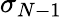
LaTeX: \sigma_{N-1}